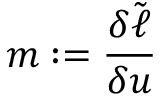
m : = \frac { \delta \tilde { \ell } } { \delta u }